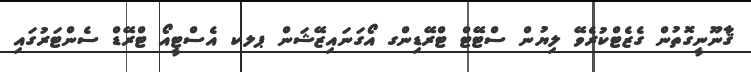
ޤާނޫނީގޮތުން ގެޒެޓްކުރެވޭ ލިޔުން ސްޓޭޓް ޓްރޭޑިންގ އޯގަނައިޒޭޝަން ޕލކ އެސްޓީއޯ ޓްރޭޑް ސެންޓަރުގައި